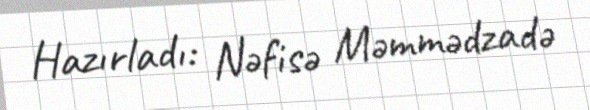
Hazırladı: Nəfisə Məmmədzadə